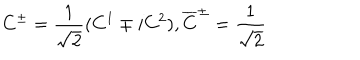
LaTeX: C ^ { \pm } = \frac 1 { \sqrt { 2 } } ( C ^ { 1 } \mp i C ^ { 2 } ) , \overline { { { C } } } ^ { \pm } = \frac 1 { \sqrt { 2 } }